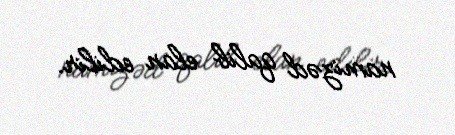
namizəd qalib elan edilir.